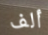
ألف